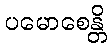
ပမောစေန္တိ